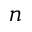
_ { n }